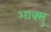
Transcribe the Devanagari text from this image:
आक्सु